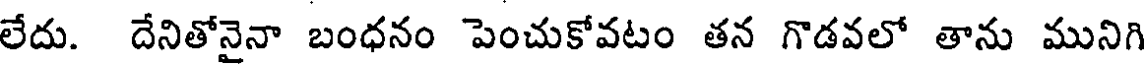
లేదు. దేనితోనైనా బంధనం పెంచుకోవటం తన గొడవలో తాను మునిగి